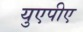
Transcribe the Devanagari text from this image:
युएपीए